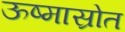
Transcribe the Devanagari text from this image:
ऊष्मास्रोत